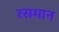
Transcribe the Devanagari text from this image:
रसमान